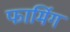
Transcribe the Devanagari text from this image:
फार्मिग